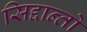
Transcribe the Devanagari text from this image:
सिद्दान्तो